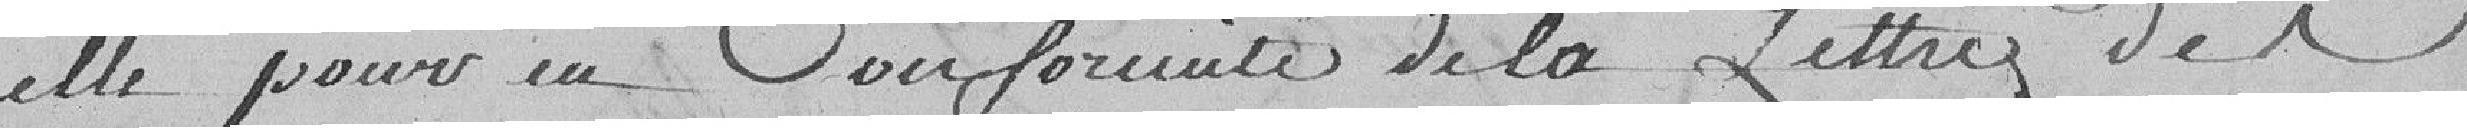
elle pour, en conformité de la lettre des